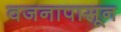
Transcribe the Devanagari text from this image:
वजनापासून